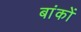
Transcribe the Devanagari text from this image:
बांकों